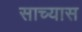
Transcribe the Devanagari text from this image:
साच्यास